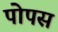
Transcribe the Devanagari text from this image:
पोपस